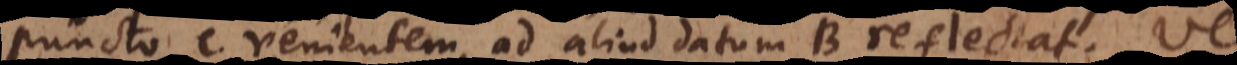
puncto C venientem, ad aliud datum B reflectat. Vel